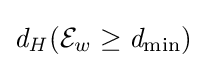
{\mathit {d_{H}}}({\mathcal {E}}_{w}\geq {\mathit {d_{\min }}})